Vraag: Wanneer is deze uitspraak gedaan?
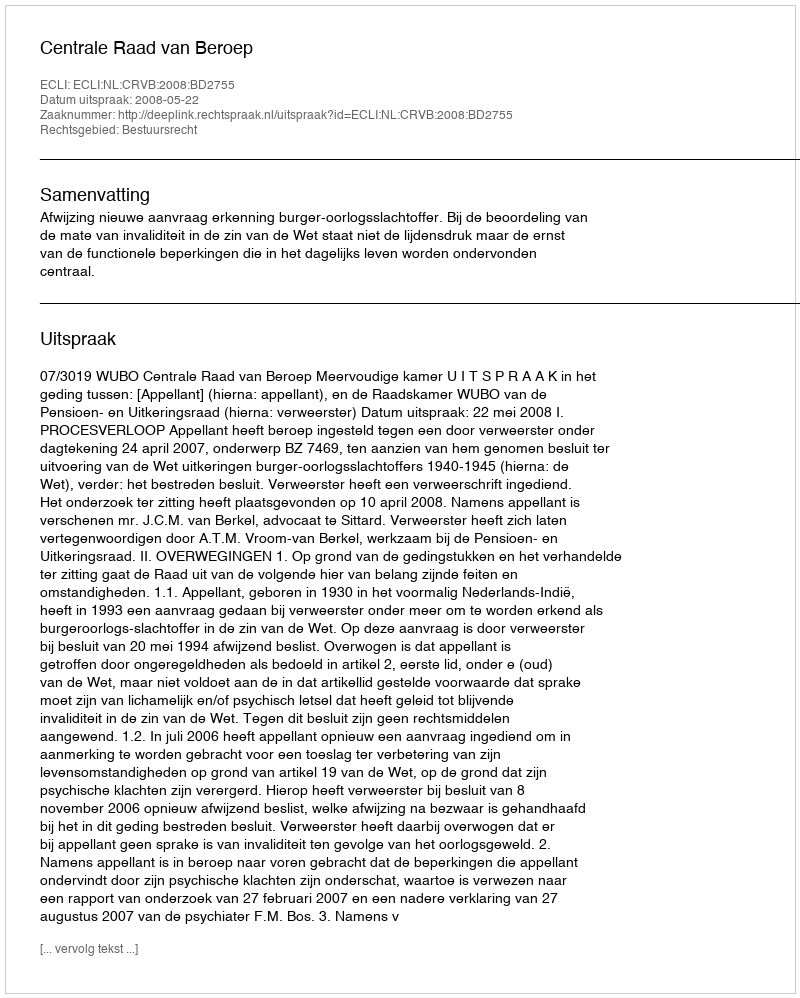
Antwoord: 2008-05-22